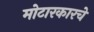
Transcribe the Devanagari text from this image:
मोटारकारचे